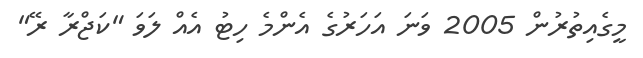
މީގެއިތުރުން 2005 ވަނަ އަހަރުގެ އެންމެ ހިޓު އެއް ލަވަ "ކަޖްރާ ރޭ"